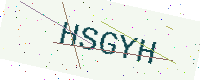
Text: HSGYH